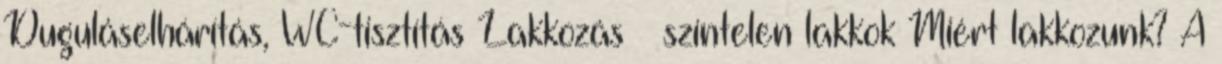
Duguláselhárítás, WC-tisztítás Lakkozás – színtelen lakkok Miért lakkozunk? A